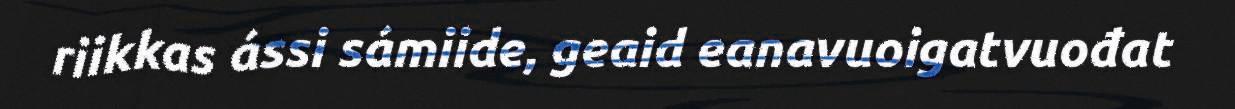
riikkas ássi sámiide, geaid eanavuoigatvuođat